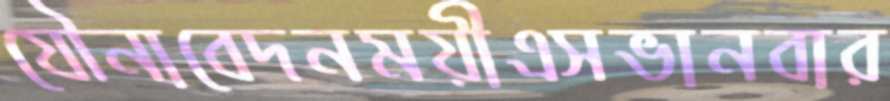
যৌনাবেদনময়ীএসভানবার